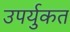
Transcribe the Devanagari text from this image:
उपर्युकत